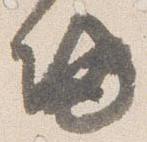
帰